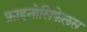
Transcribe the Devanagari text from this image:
फ्राइनोसिफेलस